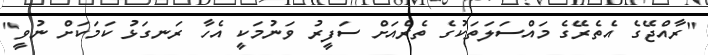
"ރާއްޖޭގެ އެތެރޭގެ މައްސަލަތަކުގެ ތެރެއަށް ސަފީރު ވަނުމަކީ އެހާ ރަނގަޅު ކަމަކަށް ނުވީ"